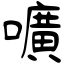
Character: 嚝